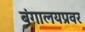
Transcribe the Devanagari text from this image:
बंगालयप्रवर